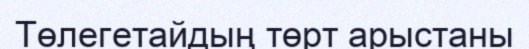
Төлегетайдың төрт арыстаны